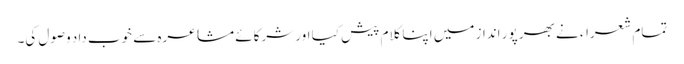
تمام شعراء نے بھر پور انداز میں اپنا کلام پیش کیا اور شرکائے مشاعرہ سے خوب داد وصول کی۔